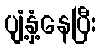
ပျံ့နှံ့နေပြီး